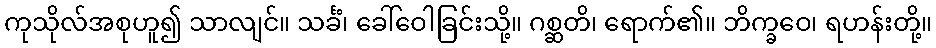
ကုသိုလ်အစုဟူ၍ သာလျင်။ သင်္ခံ၊ ခေါ်ဝေါခြင်းသို့။ ဂစ္ဆတိ၊ ရောက်၏။ ဘိက္ခဝေ၊ ရဟန်းတို့။